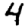
Digit: 4